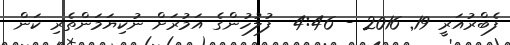
ފެބްރުއަރީ 19